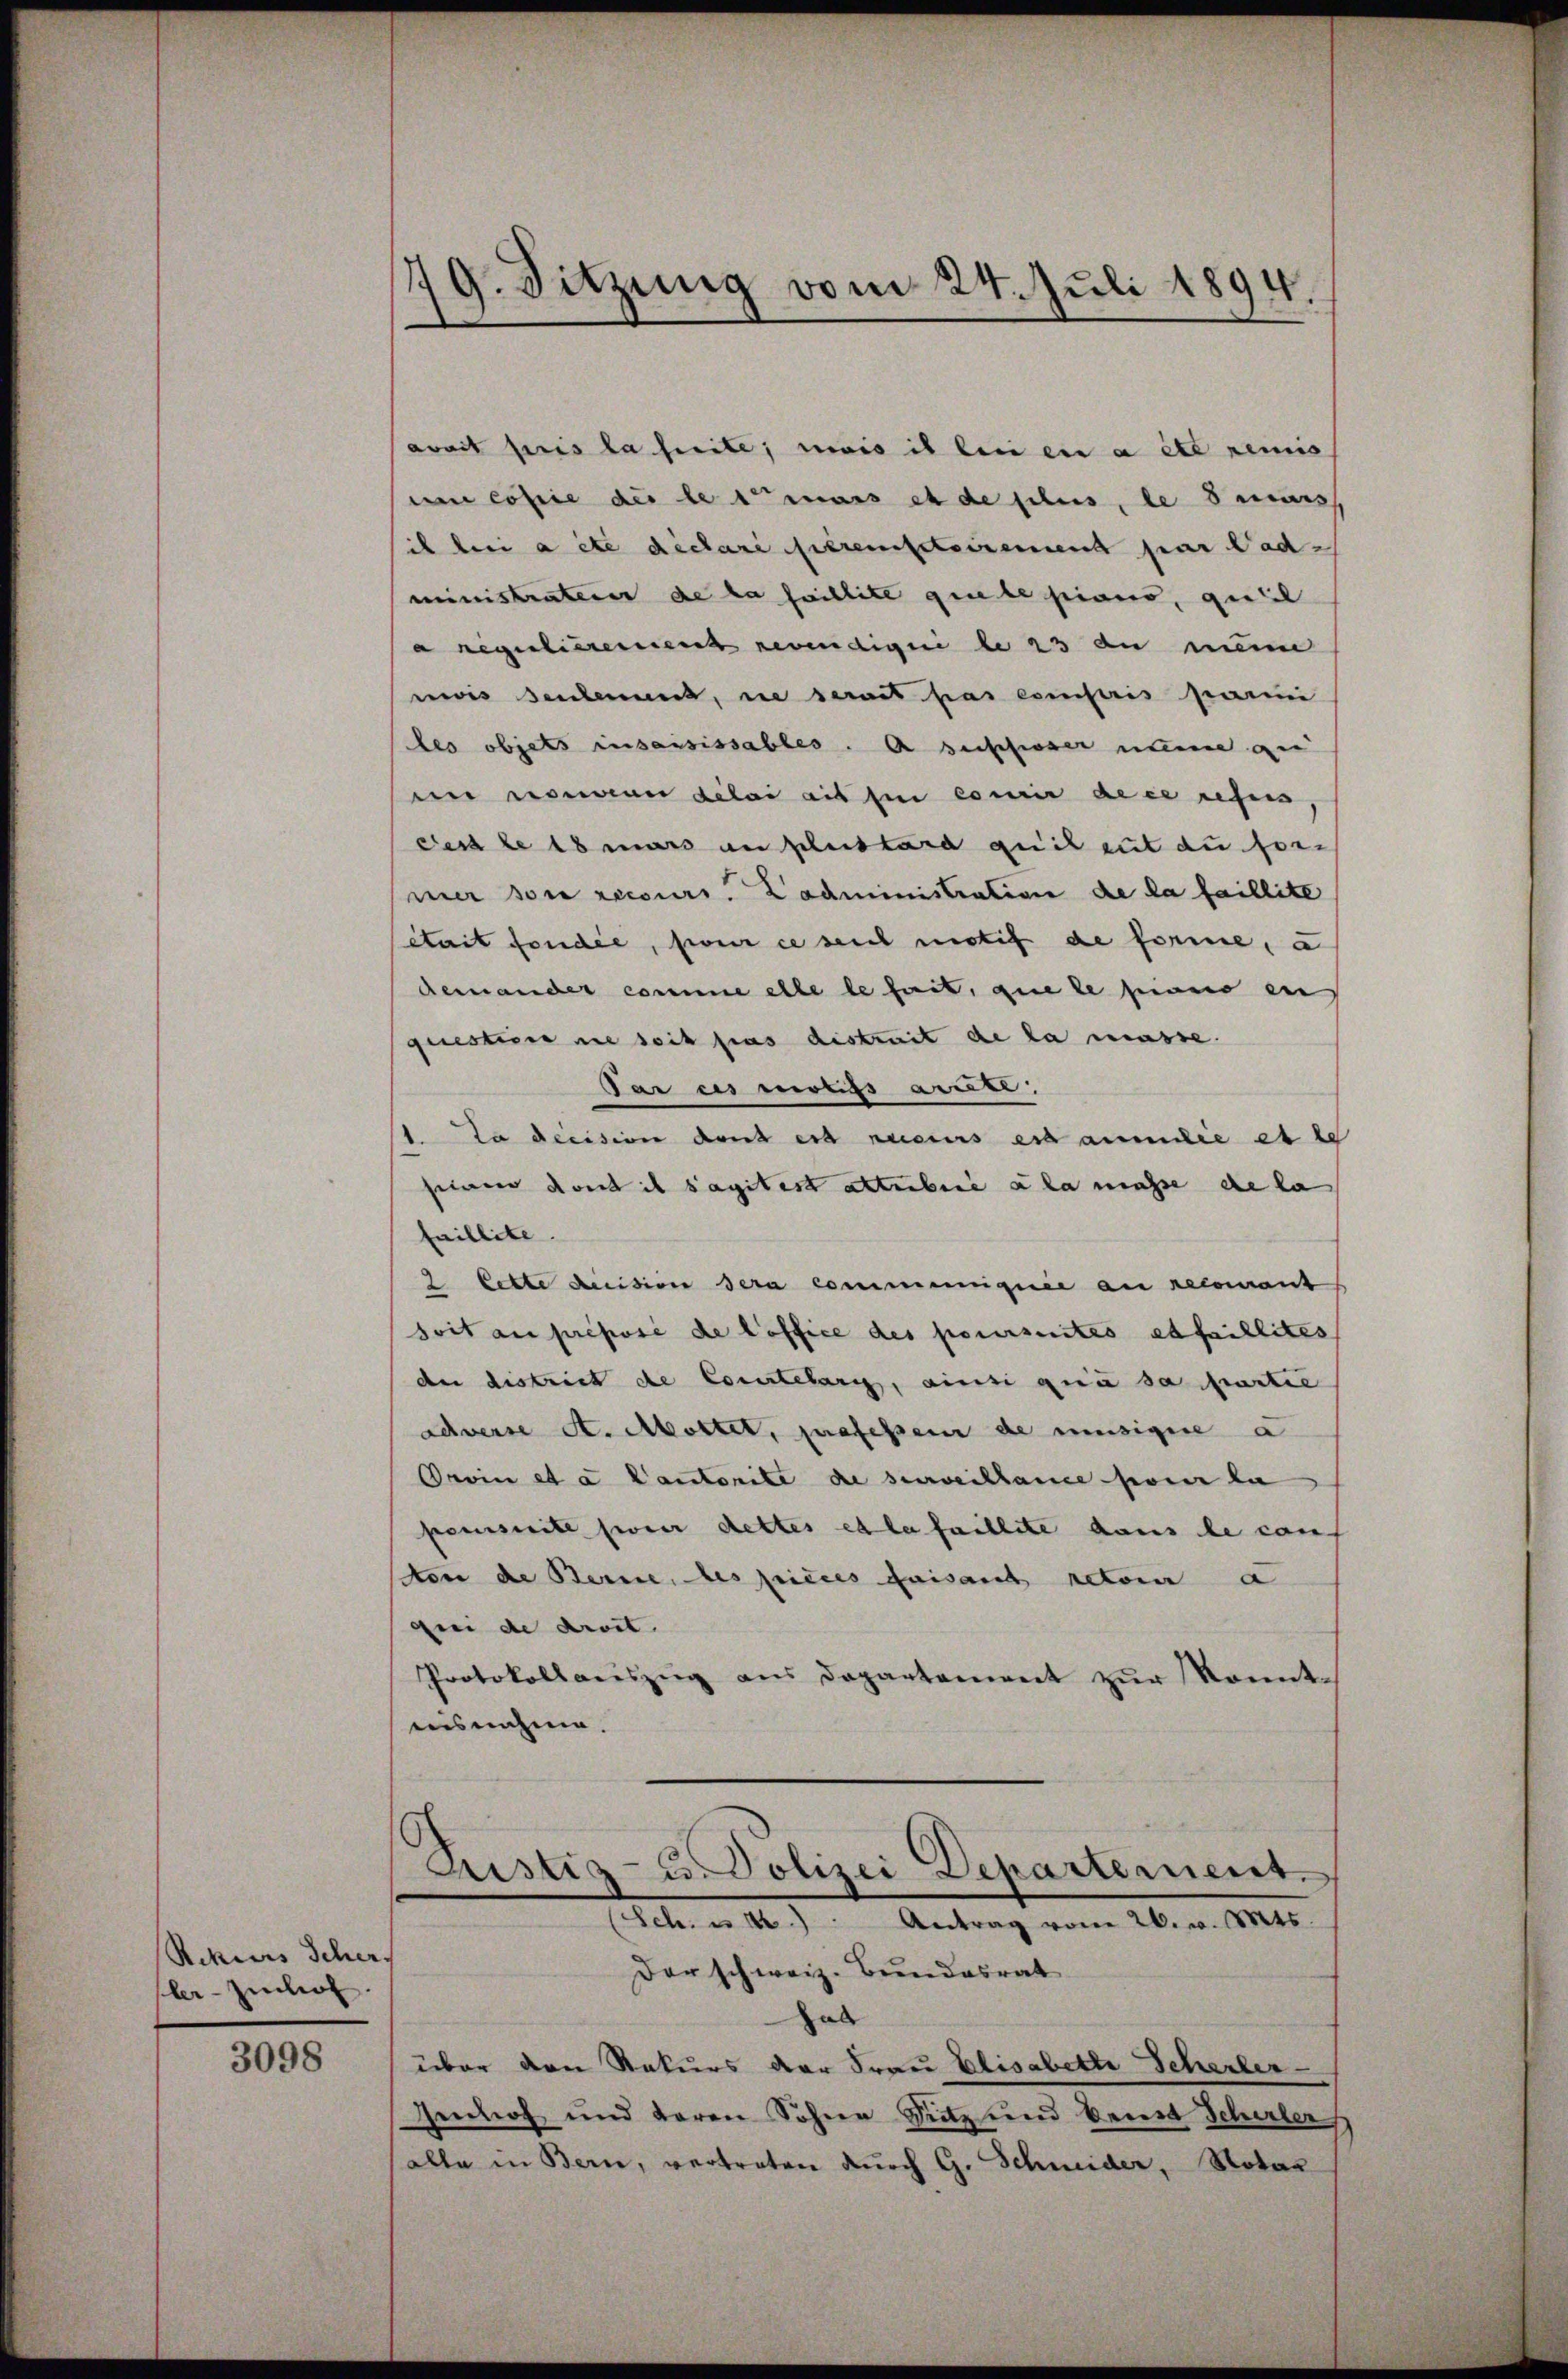
Rekurs Scher.
ler-Zihof

3098

79. Sitzung vom 24. Juli 1894.

avait pris la heile; mais il lui en a été remis
um costie des les mais es de plus, le derars
ih bei a etc déclari peremsteirement par Mad.
ministratener de la faillite que le pians, quel
a Regulierennen gewendigne de 23 an meine
wis seulement, in serait pas compris parmi
les objets insaisissables. A beschwer nun gu
in nouveau délai ait si courir dece refus
dass de 18 mars au plus tara quit gut du for-
mer son recours. Lachministration de la faillite
était fonder, sont ce seit motif de forme, a
demander comme elle le fait, que le seines en
questiere in seit pas distreit de la masse.
Tar es muss ausse
1. La decision den est recurs es ammilie et le
sine dont il s’agitest alterbere a la müsse de la
faillite.
2 lette decision sera commeneignie an recomant
soit au préposé de loffice des poursuites et faillites
der district de Courtelaris, ainsi qua sa partie
adverse A. Mottet, professen de musigere a
Oroin et a Cantonite de surveillance sur la
pennseite seiner dettes et le faillite dans le conf
don de Berne, des pieces faisant actore a
gei de droit.
Protokollaŭszŭg aŭs Departement zŭr konnt-
nisnahme.
Justiz- u. Polizei Departement.
(Sehr an II.) Antrag vom 26. v. Mts.
Der schweiz. Bundesrat
hat
über den Rekurs der Frau Elisabette Scherler
Gennoch und deren Sohne Sitz und Berst Schirler
alle in Bern, vertreten durch G. Schneider, Notar